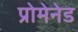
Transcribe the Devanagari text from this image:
प्रोमेनेड